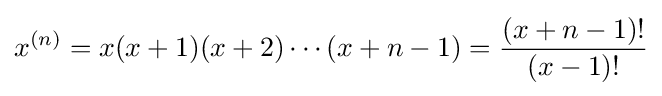
x^{(n)}=x(x+1)(x+2)\cdots (x+n-1)={\frac {(x+n-1)!}{(x-1)!}}